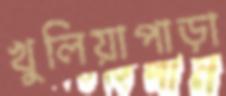
খুলিয়াপাড়া